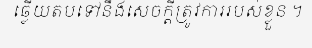
ឆ្លើយតបទៅនឹងសេចក្តីត្រូវការរបស់ខ្លួន ។